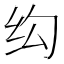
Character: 𬘗